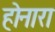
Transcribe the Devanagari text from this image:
होनारा